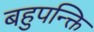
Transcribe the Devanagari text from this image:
बहुपन्क्ति